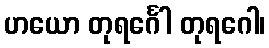
ဟယော တုရင်္ဂေါ တုရဂေါ၊